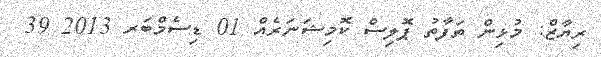
ރިޔާޒް: މުޅިން ތަފާތު ޕޮލިސް ކޮމިޝަނަރެއް 01 ޑިސެމްބަރ 2013 39